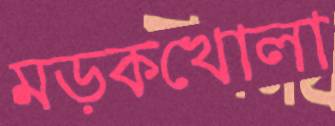
মড়কখোলা